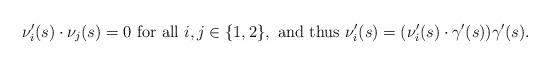
LaTeX: \begin{align*}\nu_i'(s)\cdot \nu_j(s) = 0\mbox{ for all }i,j\in \{1,2\}, \mbox{ and thus }\nu_i'(s) = (\nu_i'(s)\cdot \gamma'(s))\gamma'(s) . \end{align*}